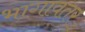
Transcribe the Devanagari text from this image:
भागावतर